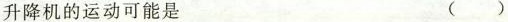
升降机的运动可能是（ ）